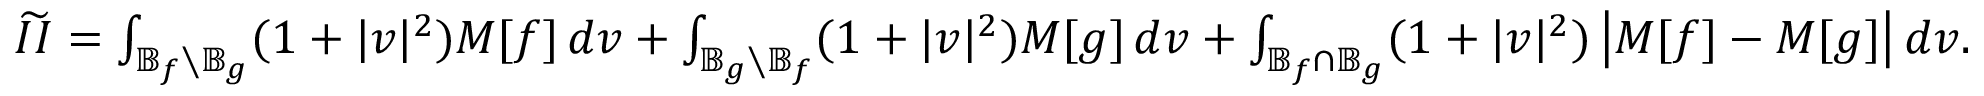
\begin{array} { r } { \widetilde { I I } = \int _ { \mathbb { B } _ { f } \setminus \mathbb { B } _ { g } } ( 1 + | v | ^ { 2 } ) M [ f ] \, d v + \int _ { \mathbb { B } _ { g } \setminus \mathbb { B } _ { f } } ( 1 + | v | ^ { 2 } ) M [ g ] \, d v + \int _ { \mathbb { B } _ { f } \cap \mathbb { B } _ { g } } ( 1 + | v | ^ { 2 } ) \left| M [ f ] - M [ g ] \right| d v . } \end{array}